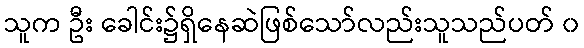
သူက ဦး ခေါင်း၌ရှိနေဆဲဖြစ်သော်လည်းသူသည်ပတ် ၀